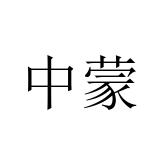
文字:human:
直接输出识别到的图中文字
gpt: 中蒙